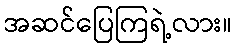
အဆင်ပြေကြရဲ့လား။